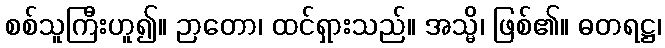
စစ်သူကြီးဟူ၍။ ဉာတော၊ ထင်ရှားသည်။ အသ္မိ၊ ဖြစ်၏။ ဓတရဋ္ဌ၊